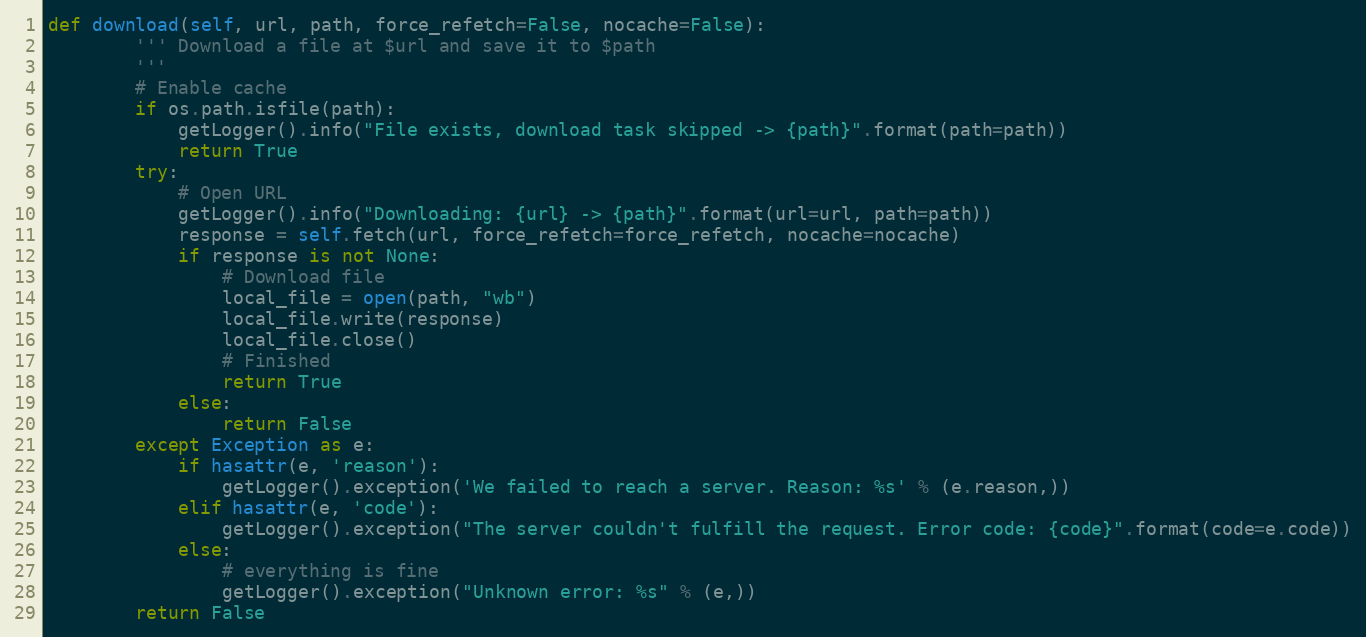
Language: Python
def download(self, url, path, force_refetch=False, nocache=False):
        ''' Download a file at $url and save it to $path
        '''
        # Enable cache
        if os.path.isfile(path):
            getLogger().info("File exists, download task skipped -> {path}".format(path=path))
            return True
        try:
            # Open URL
            getLogger().info("Downloading: {url} -> {path}".format(url=url, path=path))
            response = self.fetch(url, force_refetch=force_refetch, nocache=nocache)
            if response is not None:
                # Download file
                local_file = open(path, "wb")
                local_file.write(response)
                local_file.close()
                # Finished
                return True
            else:
                return False
        except Exception as e:
            if hasattr(e, 'reason'):
                getLogger().exception('We failed to reach a server. Reason: %s' % (e.reason,))
            elif hasattr(e, 'code'):
                getLogger().exception("The server couldn't fulfill the request. Error code: {code}".format(code=e.code))
            else:
                # everything is fine
                getLogger().exception("Unknown error: %s" % (e,))
        return False